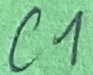
Text: C1